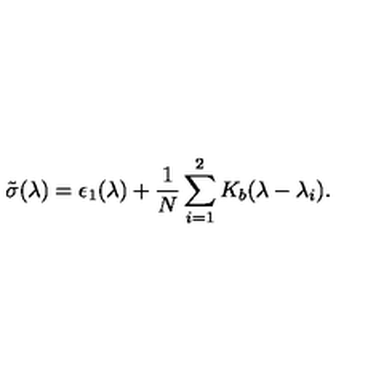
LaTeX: \tilde { \sigma } ( \lambda ) = \epsilon _ { 1 } ( \lambda ) + { \frac { 1 } { N } } \sum _ { i = 1 } ^ { 2 } K _ { b } ( \lambda - \lambda _ { i } ) .